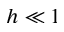
h \ll 1